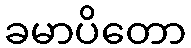
ခမာပိတော